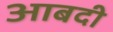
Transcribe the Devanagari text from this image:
आबदी